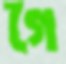
গৈ